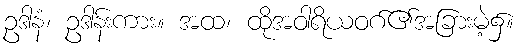
ဥဒါနံ၊ ဥဒါန်းကား။ အထ၊ ထိုအဝါရိယဝဂ်၏အခြားမဲ့၌။